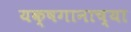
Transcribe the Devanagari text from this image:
यक्षगानाच्या